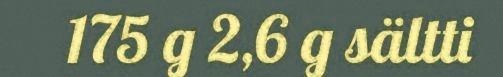
175 g 2,6 g sältti